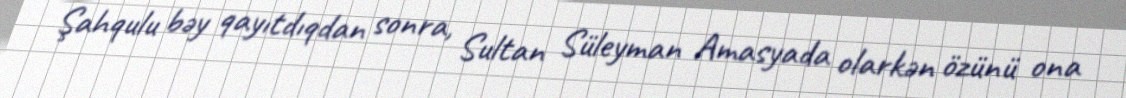
Şahqulu bəy qayıtdıqdan sonra, Sultan Süleyman Amasyada olarkən özünü ona